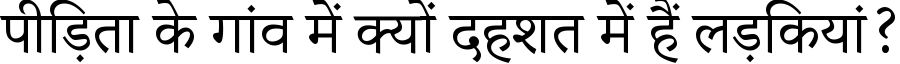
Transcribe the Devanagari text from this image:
पीड़िता के गांव में क्यों दहशत में हैं लड़कियां?